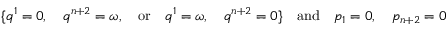
\{ q ^ { 1 } = 0 , \quad q ^ { n + 2 } = \omega , \quad \mathrm { o r } \quad q ^ { 1 } = \omega , \quad q ^ { n + 2 } = 0 \} \quad \mathrm { a n d } \quad p _ { 1 } = 0 , \quad p _ { n + 2 } = 0